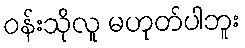
ဝန်းသိုလူ မဟုတ်ပါဘူး